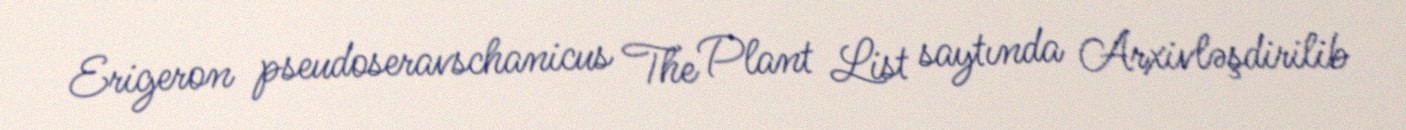
Erigeron pseudoseravschanicus The Plant List saytında Arxivləşdirilib